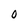
Character: O